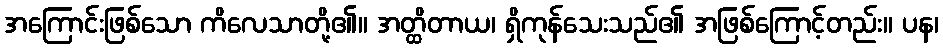
အကြောင်းဖြစ်သော ကိလေသာတို့၏။ အတ္ထိတာယ၊ ရှိကုန်သေးသည်၏ အဖြစ်ကြောင့်တည်း။ ပန၊